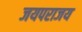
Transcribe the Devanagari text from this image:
जयपराजय